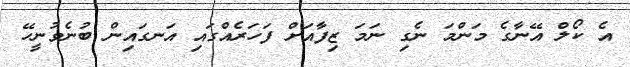
އެ ކޯލް އޭނާގެ މަންމަ ނެގި ނަމަ ޒިފާއަށް ފަހަރެއްގައި އަނގައިން ބުނެވުނީހޭ